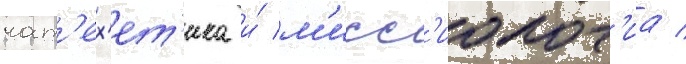
кат'ех'ет'ика и́ м'исс'иолог'иа /